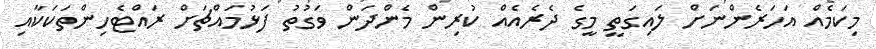
މިކަމެއް އަހަރެންނަށް ލައިގަތީ މީގެ ދެރެއެއް ކުރިން މެންދަން ވަގުތު ފަޅުމައްޗަށް ރައްޓެހިންތަކަކާއި